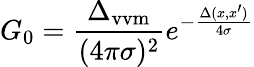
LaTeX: G_{0}=\frac{\Delta_{\mathrm{vvm}}}{(4\pi\sigma)^{2}}e^{-\frac{\Delta(x,x^{\prime})}{4\sigma}}